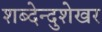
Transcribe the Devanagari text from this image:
शब्देन्दुशेखर